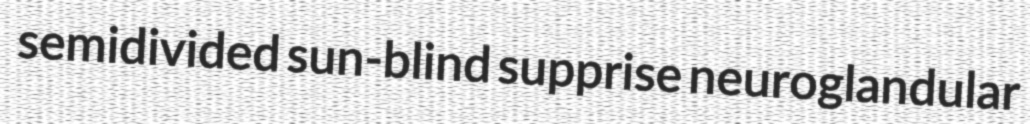
semidivided sun-blind supprise neuroglandular